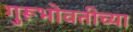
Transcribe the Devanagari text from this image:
गुरूभोवतीच्या